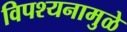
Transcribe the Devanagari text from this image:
विपश्यनामुळे